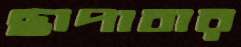
ছাপাবার